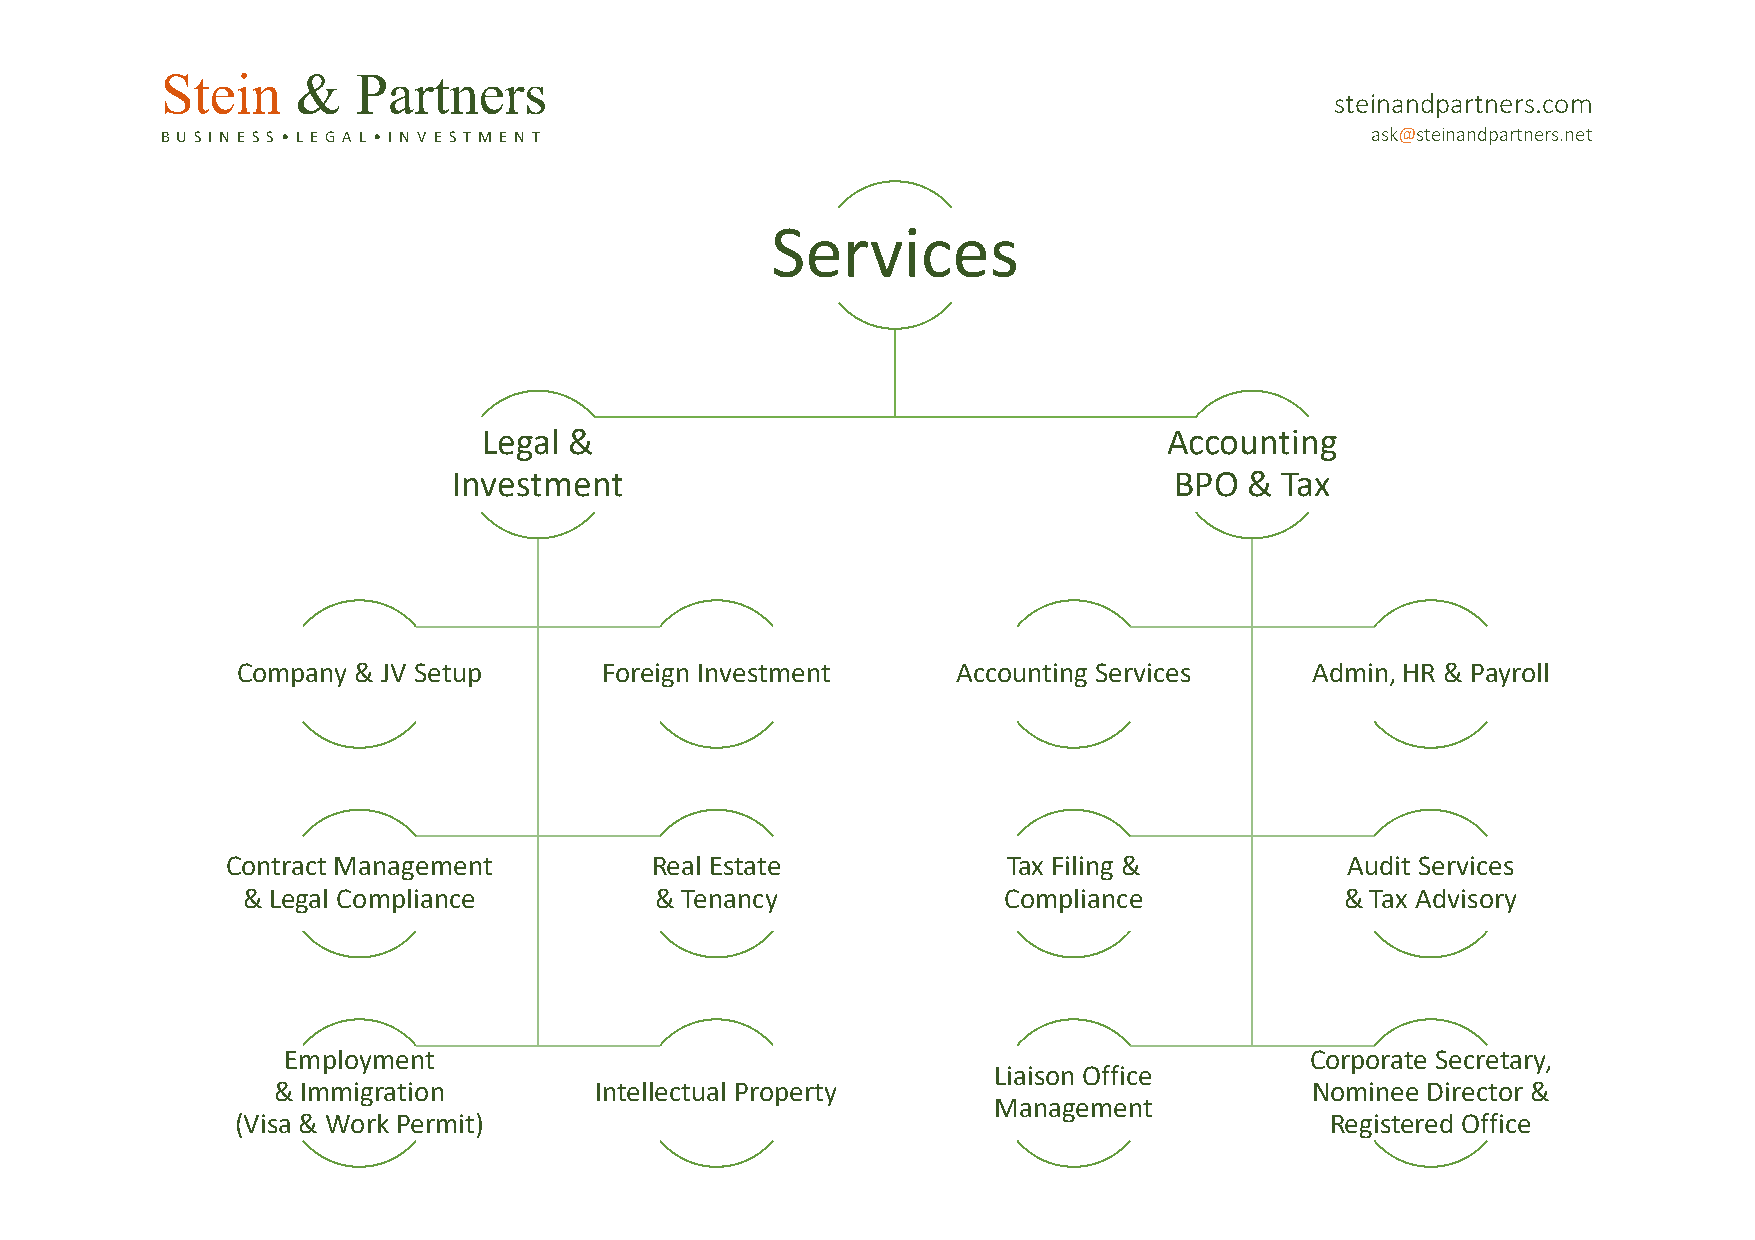
Stein    &   Partners
 steinandpartners.com
 B U S I N E S S • L E G A L • I N V E S T M E N T                               ask@steinandpartners.net
 Services
 Legal &                                      Accounting
 Investment                                      BPO  & Tax
 Company & JV Setup      Foreign Investment     Accounting Services     Admin, HR & Payroll
 Contract Management         Real Estate             Tax Filing &          Audit Services
 & Legal Compliance         & Tenancy              Compliance             & Tax Advisory
 Employment                                                          Corporate Secretary,
 Liaison Office
 & Immigration        Intellectual Property                           Nominee Director &
 Management
 (Visa & Work Permit)                                                    Registered Office